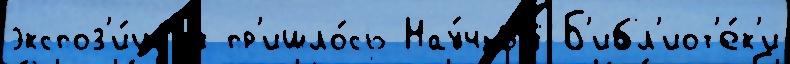
экспоз'и́циjи пр'ишло́сь Нау́чный Б'ибл'иот'е́к'и